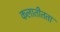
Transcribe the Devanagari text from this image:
कलातीतता